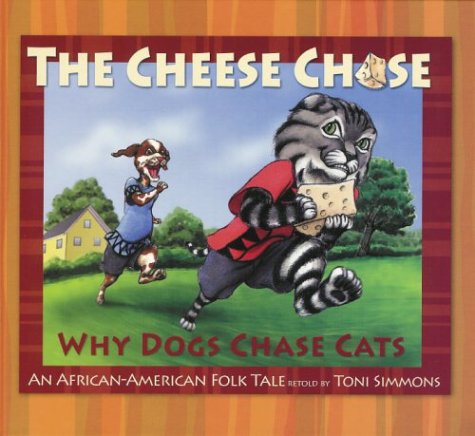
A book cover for The Cheese Chase; Toni Simmons; Children's Books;